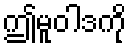
ဤမူဝါဒကို